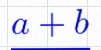
\frac{a+b}{c+d}